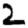
Digit: 2